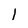
Character: 1